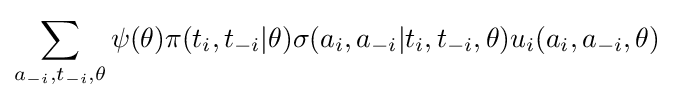
\sum _{a_{-i},t_{-i},\theta }\psi (\theta )\pi (t_{i},t_{-i}|\theta )\sigma (a_{i},a_{-i}|t_{i},t_{-i},\theta )u_{i}(a_{i},a_{-i},\theta )